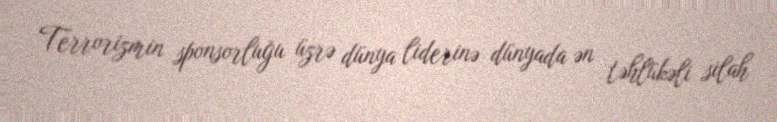
Terrorizmin sponsorluğu üzrə dünya liderinə dünyada ən təhlükəli silah